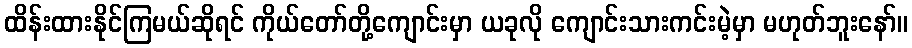
ထိန်းထားနိုင်ကြမယ်ဆိုရင် ကိုယ်တော်တို့ကျောင်းမှာ ယခုလို ကျောင်းသားကင်းမဲ့မှာ မဟုတ်ဘူးနော်။